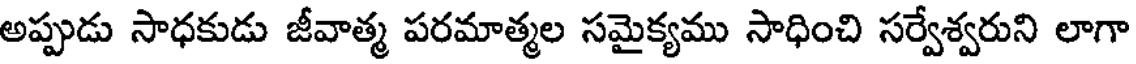
అప్పుడు సాధకుడు జీవాత్మ పరమాత్మల సమైక్యము సాధించి సర్వేశ్వరుని లాగా